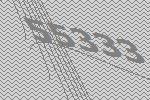
55333